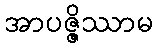
အာပဇ္ဇိဿာမ